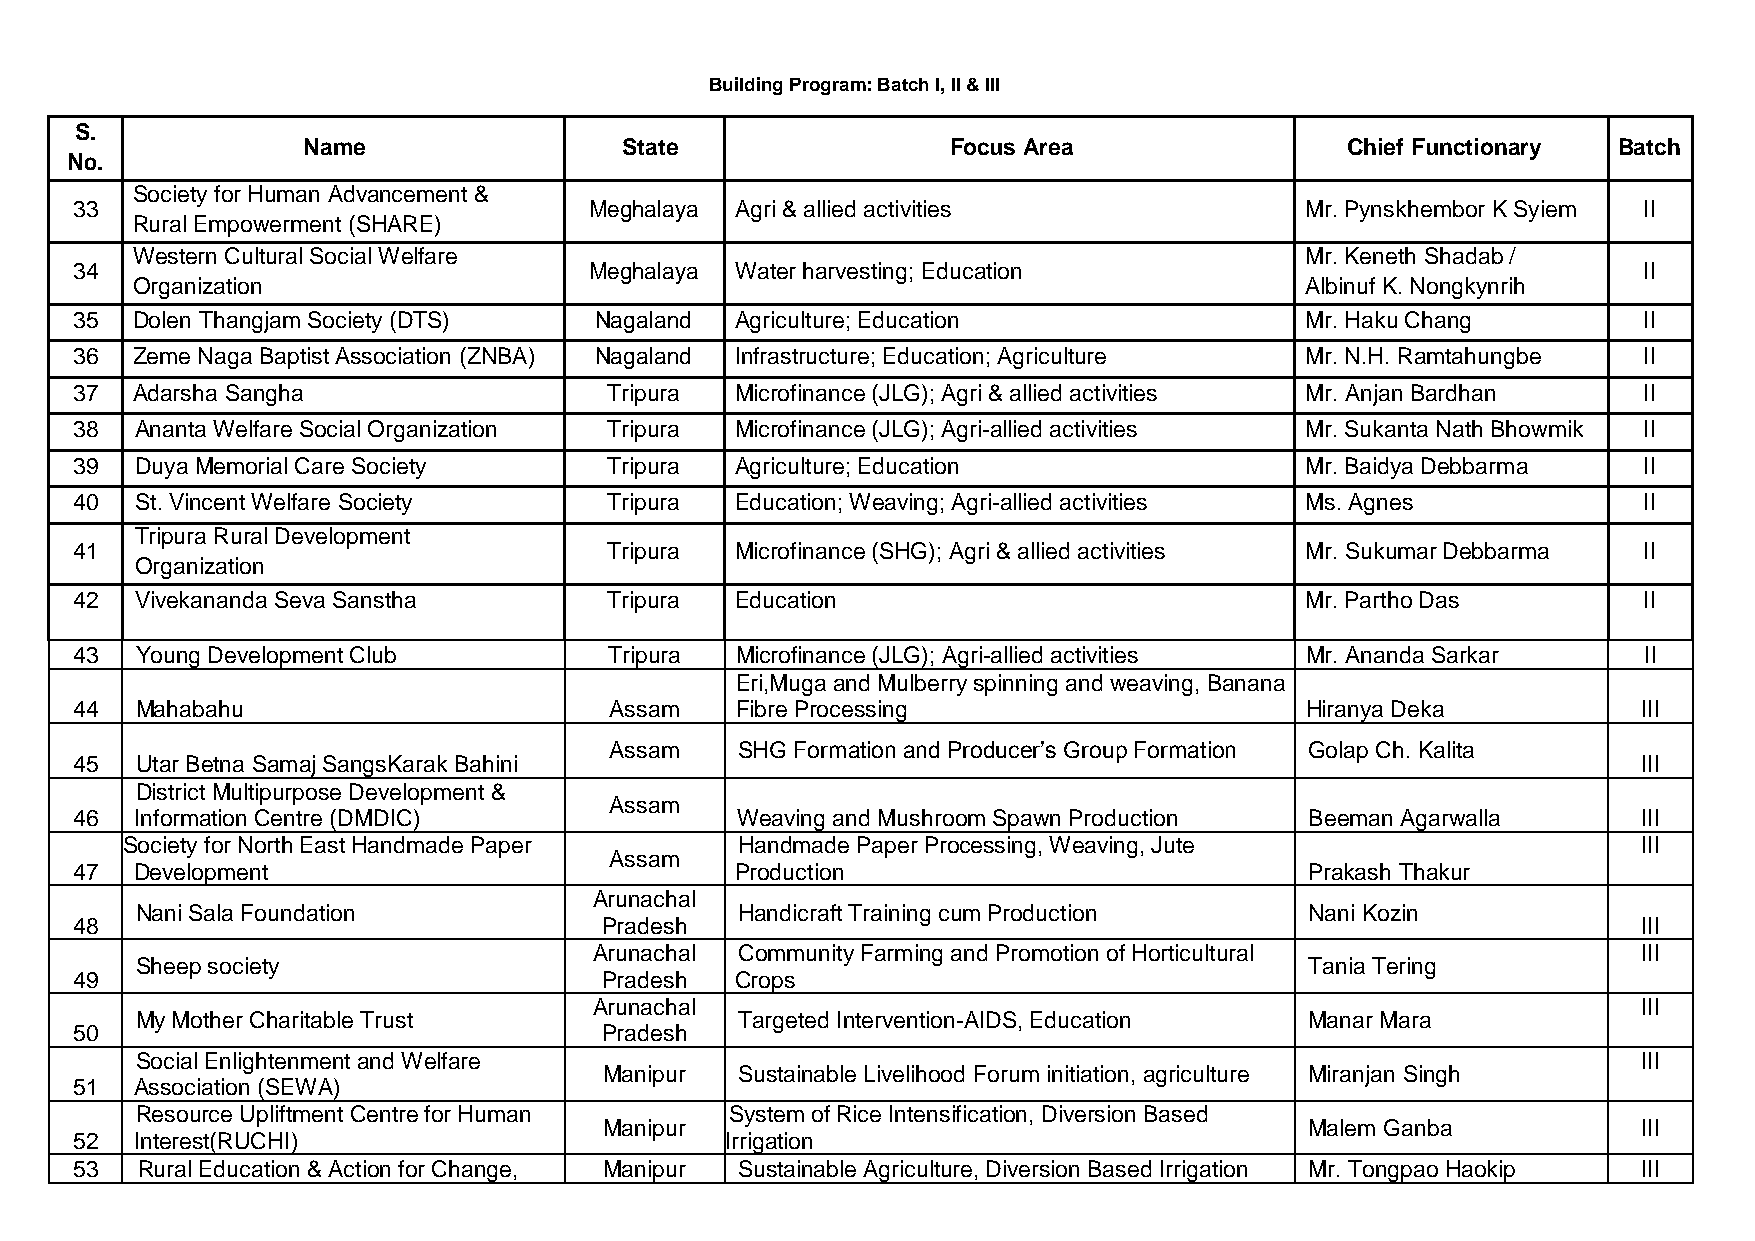
Building Program: Batch I, II & III
 S.
 Name                 State                 Focus Area                Chief Functionary Batch
 No.
 Society for Human Advancement &
 33                                Meghalaya Agri & allied activities             Mr. Pynskhembor K Syiem II
 Rural Empowerment (SHARE)
 Western Cultural Social Welfare                                              Mr. Keneth Shadab /
 34                                Meghalaya Water harvesting; Education                                 II
 Organization                                                                 Albinuf K. Nongkynrih
 35  Dolen Thangjam Society (DTS)  Nagaland  Agriculture; Education               Mr. Haku Chang         II
 36  Zeme Naga Baptist Association (ZNBA) Nagaland Infrastructure; Education; Agriculture Mr. N.H. Ramtahungbe II
 37  Adarsha Sangha                 Tripura  Microfinance (JLG); Agri & allied activities Mr. Anjan Bardhan II
 38  Ananta Welfare Social Organization Tripura Microfinance (JLG); Agri-allied activities Mr. Sukanta Nath Bhowmik II
 39  Duya Memorial Care Society     Tripura  Agriculture; Education               Mr. Baidya Debbarma    II
 40  St. Vincent Welfare Society    Tripura  Education; Weaving; Agri-allied activities Ms. Agnes        II
 Tripura Rural Development
 41                                 Tripura  Microfinance (SHG); Agri & allied activities Mr. Sukumar Debbarma II
 Organization
 42  Vivekananda Seva Sanstha       Tripura  Education                            Mr. Partho Das         II
 43  Young Development Club         Tripura  Microfinance (JLG); Agri-allied activities Mr. Ananda Sarkar II
 Eri,Muga and Mulberry spinning and weaving, Banana
 44  Mahabahu                       Assam    Fibre Processing                     Hiranya Deka           III
 Assam    SHG Formation and Producer’s Group Formation Golap Ch. Kalita
 45  Utar Betna Samaj SangsKarak Bahini                                                                  III
 District Multipurpose Development &
 Assam
 46  Information Centre (DMDIC)              Weaving and Mushroom Spawn Production Beeman Agarwalla      III
 Society for North East Handmade Paper    Handmade Paper Processing, Weaving, Jute                    III
 Assam
 47  Development                             Production                            Prakash Thakur
 Arunachal
 Nani Sala Foundation                    Handicraft Training cum Production    Nani Kozin
 48                                 Pradesh                                                              III
 Arunachal Community Farming and Promotion of Horticultural            III
 Sheep society                                                                 Tania Tering
 49                                 Pradesh  Crops
 Arunachal                                                             III
 My Mother Charitable Trust              Targeted Intervention-AIDS, Education Manar Mara
 50                                 Pradesh
 Social Enlightenment and Welfare                                                                    III
 Manipur  Sustainable Livelihood Forum initiation, agriculture Miranjan Singh
 51  Association (SEWA)
 Resource Upliftment Centre for Human   System of Rice Intensification, Diversion Based
 Manipur                                        Malem Ganba           III
 52  Interest(RUCHI)                        Irrigation
 53  Rural Education & Action for Change, Manipur Sustainable Agriculture, Diversion Based Irrigation Mr. Tongpao Haokip III